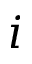
i